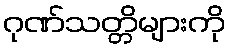
ဂုဏ်သတ္တိများကို